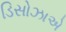
ડિસોઝાએ